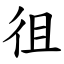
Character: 徂